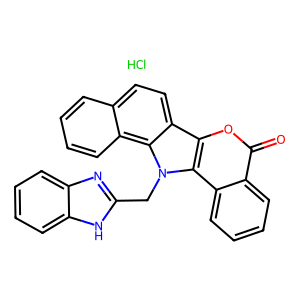
SMILES: Cl.O=c1oc2c3ccc4ccccc4c3n(Cc3nc4ccccc4[nH]3)c2c2ccccc12
Inhibits HIV replication: No